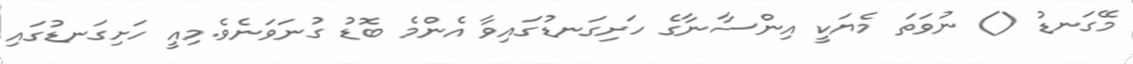
މޭގަނޑު () ނުވަތަ މެޔަކީ އިންސާނާގެ ހަށިގަނޑުގައިވާ އެންމެ ބޮޑު ގުނަވަނެވެ.މިއީ ހަށިގަނޑުގައި